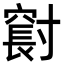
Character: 𪧼